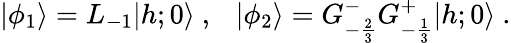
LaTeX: \vert\phi_{1}\rangle=L_{-1}\vert{h;0}\rangle{}~,{}~{}~{}~\vert\phi_{2}\rangle=G_{-{\frac{2}{3}}}^{-}G_{-{\frac{1}{3}}}^{+}\vert{h;0}\rangle{}~.